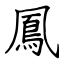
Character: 鳳